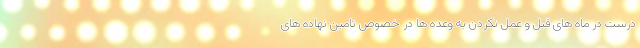
درست در ماه های قبل و عمل نکردن به وعده ها در خصوص تامین نهاده های